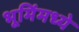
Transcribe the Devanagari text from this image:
भूमिंमध्ये